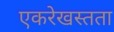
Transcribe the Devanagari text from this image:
एकरेखस्तता